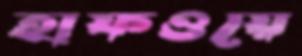
হাফওয়ে